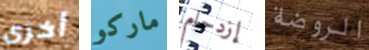
أخرى ماركو إزدحام الروضة